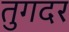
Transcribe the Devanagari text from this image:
तुगदर